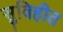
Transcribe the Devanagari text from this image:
सुविहीत